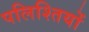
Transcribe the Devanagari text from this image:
पलिश्तियों